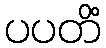
ပပတိံ